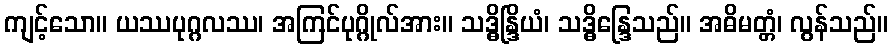
ကျင့်သော။ ယဿပုဂ္ဂလဿ၊ အကြင်ပုဂ္ဂိုလ်အား။ သဒ္ဓိန္ဒြိယံ၊ သဒ္ဓိန္ဒြေသည်။ အဓိမတ္တံ၊ လွန်သည်။